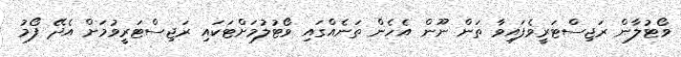
ވޯޓުލާން ރަޖިސްޓަރީވެފައިވާ ތަން ނޫން އެހެން ތަނެއްގައި ވޯޓުލުމަށްޓަކައި ރަޖިސްޓަރީވުމަށް އެދޭ ފޯމު